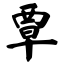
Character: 覃